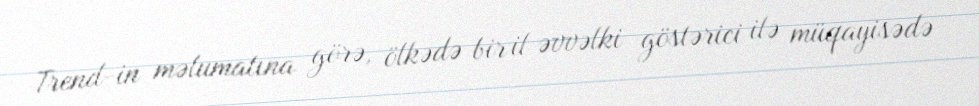
Trend-in məlumatına görə, ölkədə bir il əvvəlki göstərici ilə müqayisədə